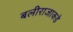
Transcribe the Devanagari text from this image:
बलीराजाकडे